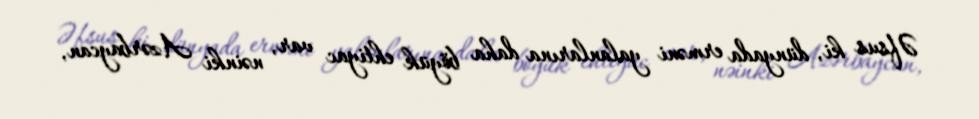
Əfsus ki, dünyada erməni yalanlarına daha böyük ehtiyac var, nəinki Azərbaycan,